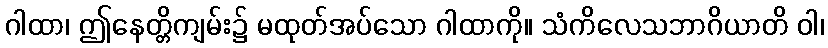
ဂါထာ၊ ဤနေတ္တိကျမ်း၌ မထုတ်အပ်သော ဂါထာကို။ သံကိလေသဘာဂိယာတိ ဝါ၊